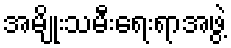
အမျိုးသမီးရေးရာအဖွဲ့